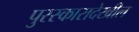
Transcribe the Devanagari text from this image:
पुरस्कारादेखील